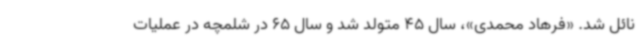
نائل شد. «فرهاد محمدی»، سال 45 متولد شد و سال 65 در شلمچه در عملیات